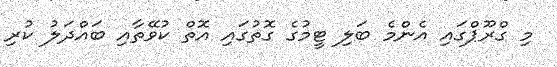
މި ގްރޫޕްގައި އެންމެ ބަލި ޓީމުގެ ގޮތުގައި އޮތް ކުވޭތާއި ބައްދަލު ކުރި